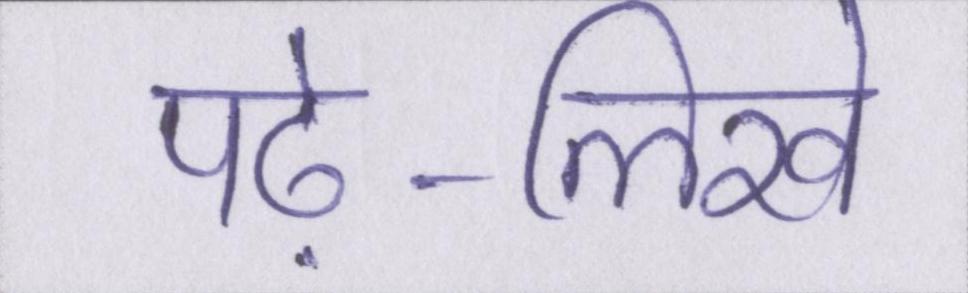
पढ़े-लिखे